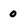
Character: 0